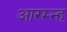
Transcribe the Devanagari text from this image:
आरम्न्ह